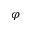
\varphi